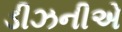
ડીઝનીએ